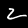
Label: 2